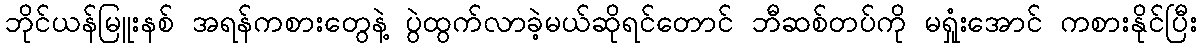
ဘိုင်ယန်မြူးနစ် အရန်ကစားတွေနဲ့ ပွဲထွက်လာခဲ့မယ်ဆိုရင်တောင် ဘီဆစ်တပ်ကို မရှုံးအောင် ကစားနိုင်ပြီး